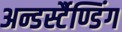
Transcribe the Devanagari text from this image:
अन्डर्स्टैण्डिंग